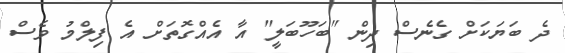
ދެ ބަޔަކަށް ގެނެސް ދިން "ބަހޫބަލީ" އާ އެއްގޮތަށް އެ ފިލްމު ވެސް